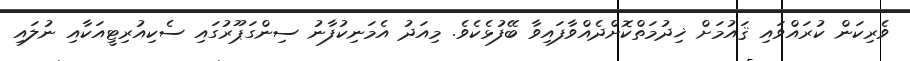
ވެރިކަން ކުރައްވައި ޤައުމަށް ޚިދުމަތްކޮށްދެއްވާފައިވާ ބޭފުޅެކެވެ. މިއަދު އެމަނިކުފާނު ސިންގަޕޫރުގައި ސެކިއުރިޓީއަކާއި ނުލައި